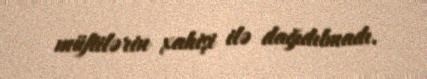
müftilərin xahişi ilə dağıdılmadı.